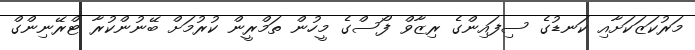
މަރުކަޒަކަށާއި ކަނޑުގެ ސިފައިންގެ ރިޒާވް ފޯސްގެ މީހުން ތަމްރީން ކުރުމަށް ބޭނުންކުރާ ޓްރޭނިންގް